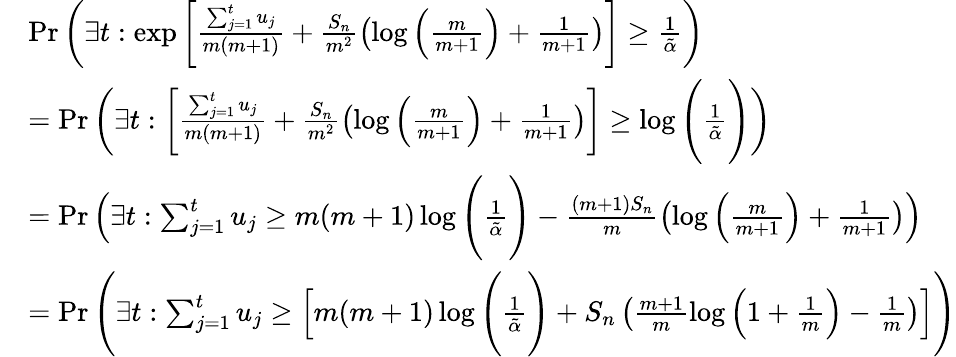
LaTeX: \begin{array}{rl}&{\operatorname*{Pr}\left(\exists t:\exp\left[\frac{\sum_{j=1}^{t}u_{j}}{m(m+1)}+\frac{S_{n}}{m^{2}}\left(\log\Big(\frac{m}{m+1}\Big)+\frac{1}{m+1}\right)\right]\geq\frac{1}{\tilde{\alpha}}\right)}\\ &{=\operatorname*{Pr}\left(\exists t:\left[\frac{\sum_{j=1}^{t}u_{j}}{m(m+1)}+\frac{S_{n}}{m^{2}}\left(\log\Big(\frac{m}{m+1}\Big)+\frac{1}{m+1}\right)\right]\geq\log\Bigg(\frac{1}{\tilde{\alpha}}\Bigg)\right)}\\ &{=\operatorname*{Pr}\left(\exists t:\sum_{j=1}^{t}u_{j}\geq m(m+1)\log\Bigg(\frac{1}{\tilde{\alpha}}\Bigg)-\frac{(m+1)S_{n}}{m}\left(\log\Big(\frac{m}{m+1}\Big)+\frac{1}{m+1}\right)\right)}\\ &{=\operatorname*{Pr}\left(\exists t:\sum_{j=1}^{t}u_{j}\geq\left[m(m+1)\log\Bigg(\frac{1}{\tilde{\alpha}}\Bigg)+S_{n}\left(\frac{m+1}{m}\log\Big(1+\frac{1}{m}\Big)-\frac{1}{m}\right)\right]\right)}\end{array}